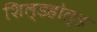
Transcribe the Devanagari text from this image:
शिल्डहोल्ड